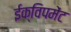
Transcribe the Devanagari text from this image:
ईक्विपमेंट